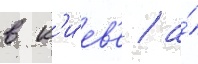
в к'и́ев'е / а́